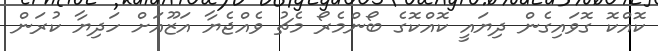
ކޮއްކޮ ގޮވައިގެން ދިޔައީ ކޮއްކޮގެ ބޯންމެރޯ މެޗު ވެއްޖެޔާ އަޒޫއަށް ހަދިޔާ ކުރަން